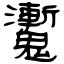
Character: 魙